Insane asylums Bombay 1873-77 - 1873-1877
Year: 1873
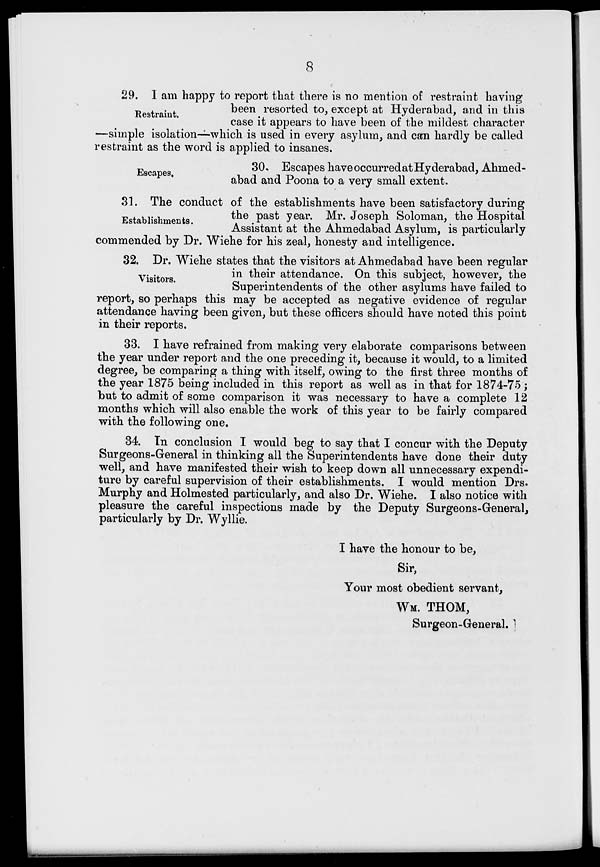
8
Restraint.
29. I am happy to report that there is no mention of restraint having
been resorted to, except at Hyderabad, and in this
case it appears to have been of the mildest character
—simple isolation—which is used in every asylum, and can hardly be called
restraint as the word is applied to insanes.
Escapes.
30. Escapes have occurred at Hyderabad, Ahmed-
abad and Poona to a very small extent.
Establishments.
31. The conduct of the establishments have been satisfactory during
the past year. Mr. Joseph Soloman, the Hospital
Assistant at the Ahmedabad Asylum, is particularly
commended by Dr. Wiehe for his zeal, honesty and intelligence.
Visitors.
32. Dr. Wiehe states that the visitors at Ahmedabad have been regular
in their attendance. On this subject, however, the
Superintendents of the other asylums have failed to
report, so perhaps this may be accepted as negative evidence of regular
attendance having been given, but these officers should have noted this point
in their reports.
33. I have refrained from making very elaborate comparisons between
the year under report and the one preceding it, because it would, to a limited
degree, be comparing a thing with itself, owing to the first three months of
the year 1875 being included in this report as well as in that for 1874-75 ;
but to admit of some comparison it was necessary to have a complete 12
months which will also enable the work of this year to be fairly compared
with the following one.
34. In conclusion I would beg to say that I concur with the Deputy
Surgeons-General in thinking all the Superintendents have done their duty
well, and have manifested their wish to keep down all unnecessary expendi-
ture by careful supervision of their establishments. I would mention Drs.
Murphy and Holmested particularly, and also Dr. Wiehe. I also notice with
pleasure the careful inspections made by the Deputy Surgeons-General,
particularly by Dr. Wyllie.
I have the honour to be,
Sir,
Your most obedient servant,
WM. THOM,
Surgeon-General.